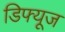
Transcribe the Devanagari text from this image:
डिफ्यूज